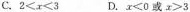
C.$$2<x<$$3 D.$$x<0$$或$$x>3$$